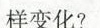
样变化?( )